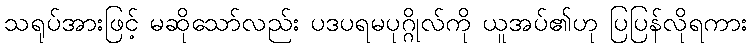
သရုပ်အားဖြင့် မဆိုသော်လည်း ပဒပရမပုဂ္ဂိုလ်ကို ယူအပ်၏ဟု ပြပြန်လိုရကား